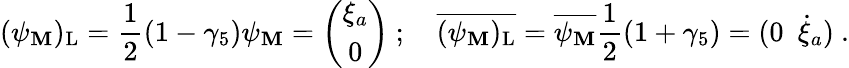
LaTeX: (\psi_{\mathbf{M}})_{\mathrm{{L}}}=\frac{{1}}{{2}}(1-\gamma_{5})\psi_{\mathbf{M}}=\left(\begin{array}{c}{{\xi_{a}}}\\ {{0}}\end{array}\right)~;~~~~{\overline{{{{(\psi_{\mathbf{M}})_{\mathrm{{L}}}}}}}}=\overline{{{{\psi_{\mathbf{M}}}}}}\frac{{1}}{{2}}(1+\gamma_{5})=(0~~\dot{{\xi}}_{a})~.